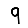
Digit: 9